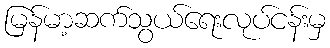
မြန်မာ့ဆက်သွယ်ရေးလုပ်ငန်းမှ